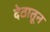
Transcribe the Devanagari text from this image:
देठातून